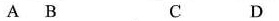
A B C D